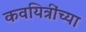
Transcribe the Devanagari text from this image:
कवयित्रींच्या